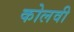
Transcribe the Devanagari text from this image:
कोलवी